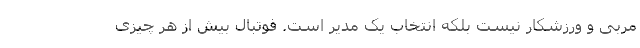
مربی و ورزشکار نیست بلکه انتخاب یک مدیر است. فوتبال بیش از هر چیزی